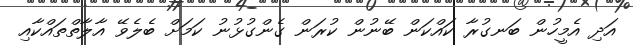
އަދި އެމީހުން ބަނގުރާ ކައްކަން ބޭނުން ކުރަން ގެންގުޅުނު ކަމަށް ބެލެވޭ އާލާތްތައްކާއި